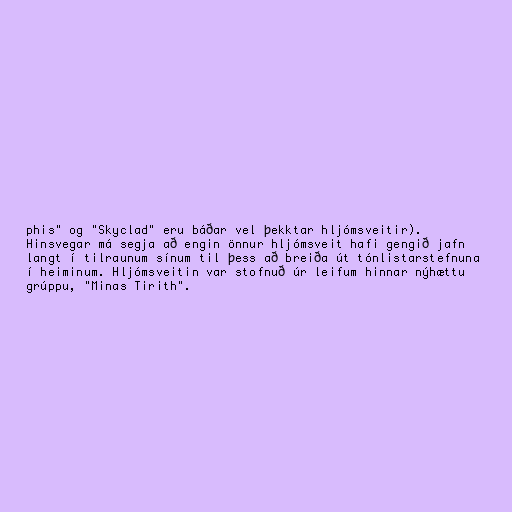
phis" og "Skyclad" eru báðar vel þekktar hljómsveitir).
Hinsvegar má segja að engin önnur hljómsveit hafi gengið jafn
langt í tilraunum sínum til þess að breiða út tónlistarstefnuna
í heiminum. Hljómsveitin var stofnuð úr leifum hinnar nýhættu
grúppu, "Minas Tirith".